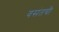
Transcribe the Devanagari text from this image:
वसंतची